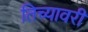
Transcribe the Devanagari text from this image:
तिच्यावरी